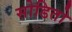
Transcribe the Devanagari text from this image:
सोडितो